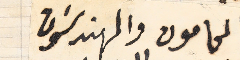
المحامون والمهندسَون